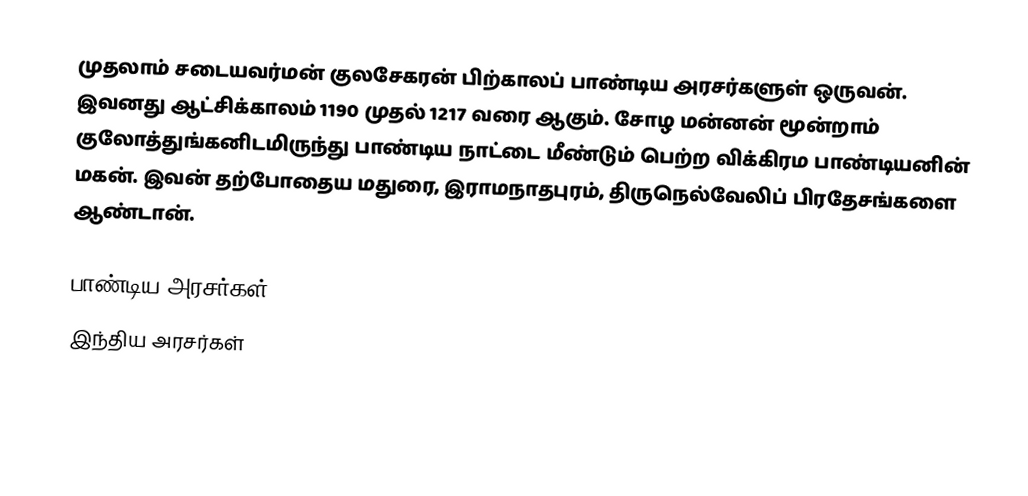
முதலாம் சடையவர்மன் குலசேகரன் பிற்காலப் பாண்டிய அரசர்களுள் ஒருவன். இவனது ஆட்சிக்காலம் 1190 முதல் 1217 வரை ஆகும். சோழ மன்னன் மூன்றாம் குலோத்துங்கனிடமிருந்து பாண்டிய நாட்டை மீண்டும் பெற்ற விக்கிரம பாண்டியனின் மகன். இவன் தற்போதைய மதுரை, இராமநாதபுரம், திருநெல்வேலிப் பிரதேசங்களை ஆண்டான்.

பாண்டிய அரசர்கள்
இந்திய அரசர்கள்